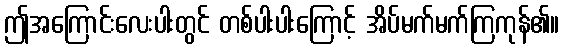
ဤအကြောင်းလေးပါးတွင် တစ်ပါးပါးကြောင့် အိပ်မက်မက်ကြကုန်၏။